Report on vaccination in the Province of Bengal - 1869-1873
Year: 1869
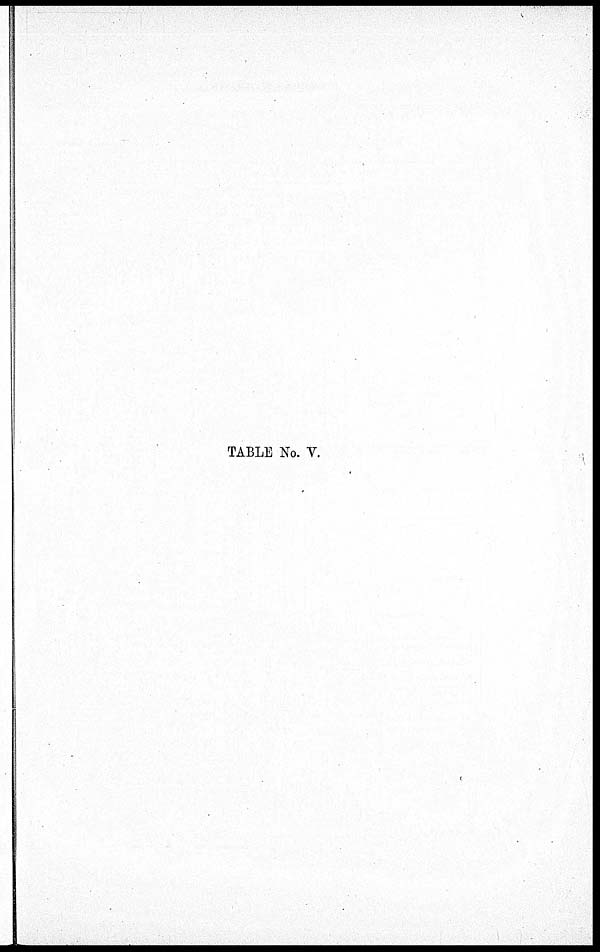
TABLE No. V.